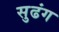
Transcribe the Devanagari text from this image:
सुढंग